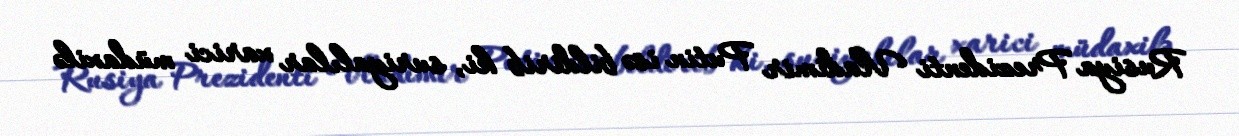
Rusiya Prezidenti Vladimir Putin isə bildirib ki, suriyalılar xarici müdaxilə